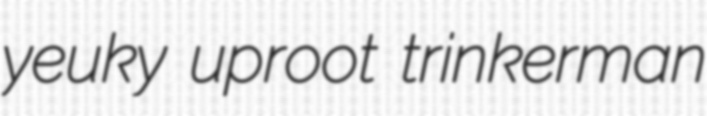
yeuky uproot trinkerman